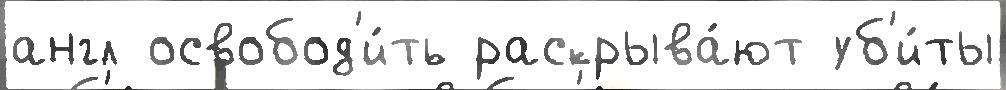
англ освобод'и́ть раскрыва́ют уб'и́ты